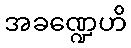
အခဏ္ဍေဟိ